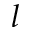
l